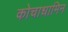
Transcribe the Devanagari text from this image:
कोचाधामिन